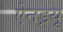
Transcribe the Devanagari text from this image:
ऐनड्रयू